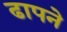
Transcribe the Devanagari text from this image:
ढापने